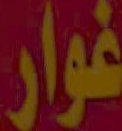
غوار